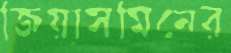
জিয়াসমিনের